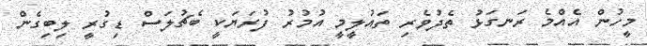
މީހުން އެއްމެ ރަނގަޅު ތެދުވެރި ތައުލީމީ އުމުރު ފުރަޔަކީ ބެޗުލަސް ޑިގުރީ ލިބިގެން